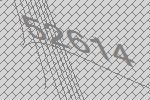
52614